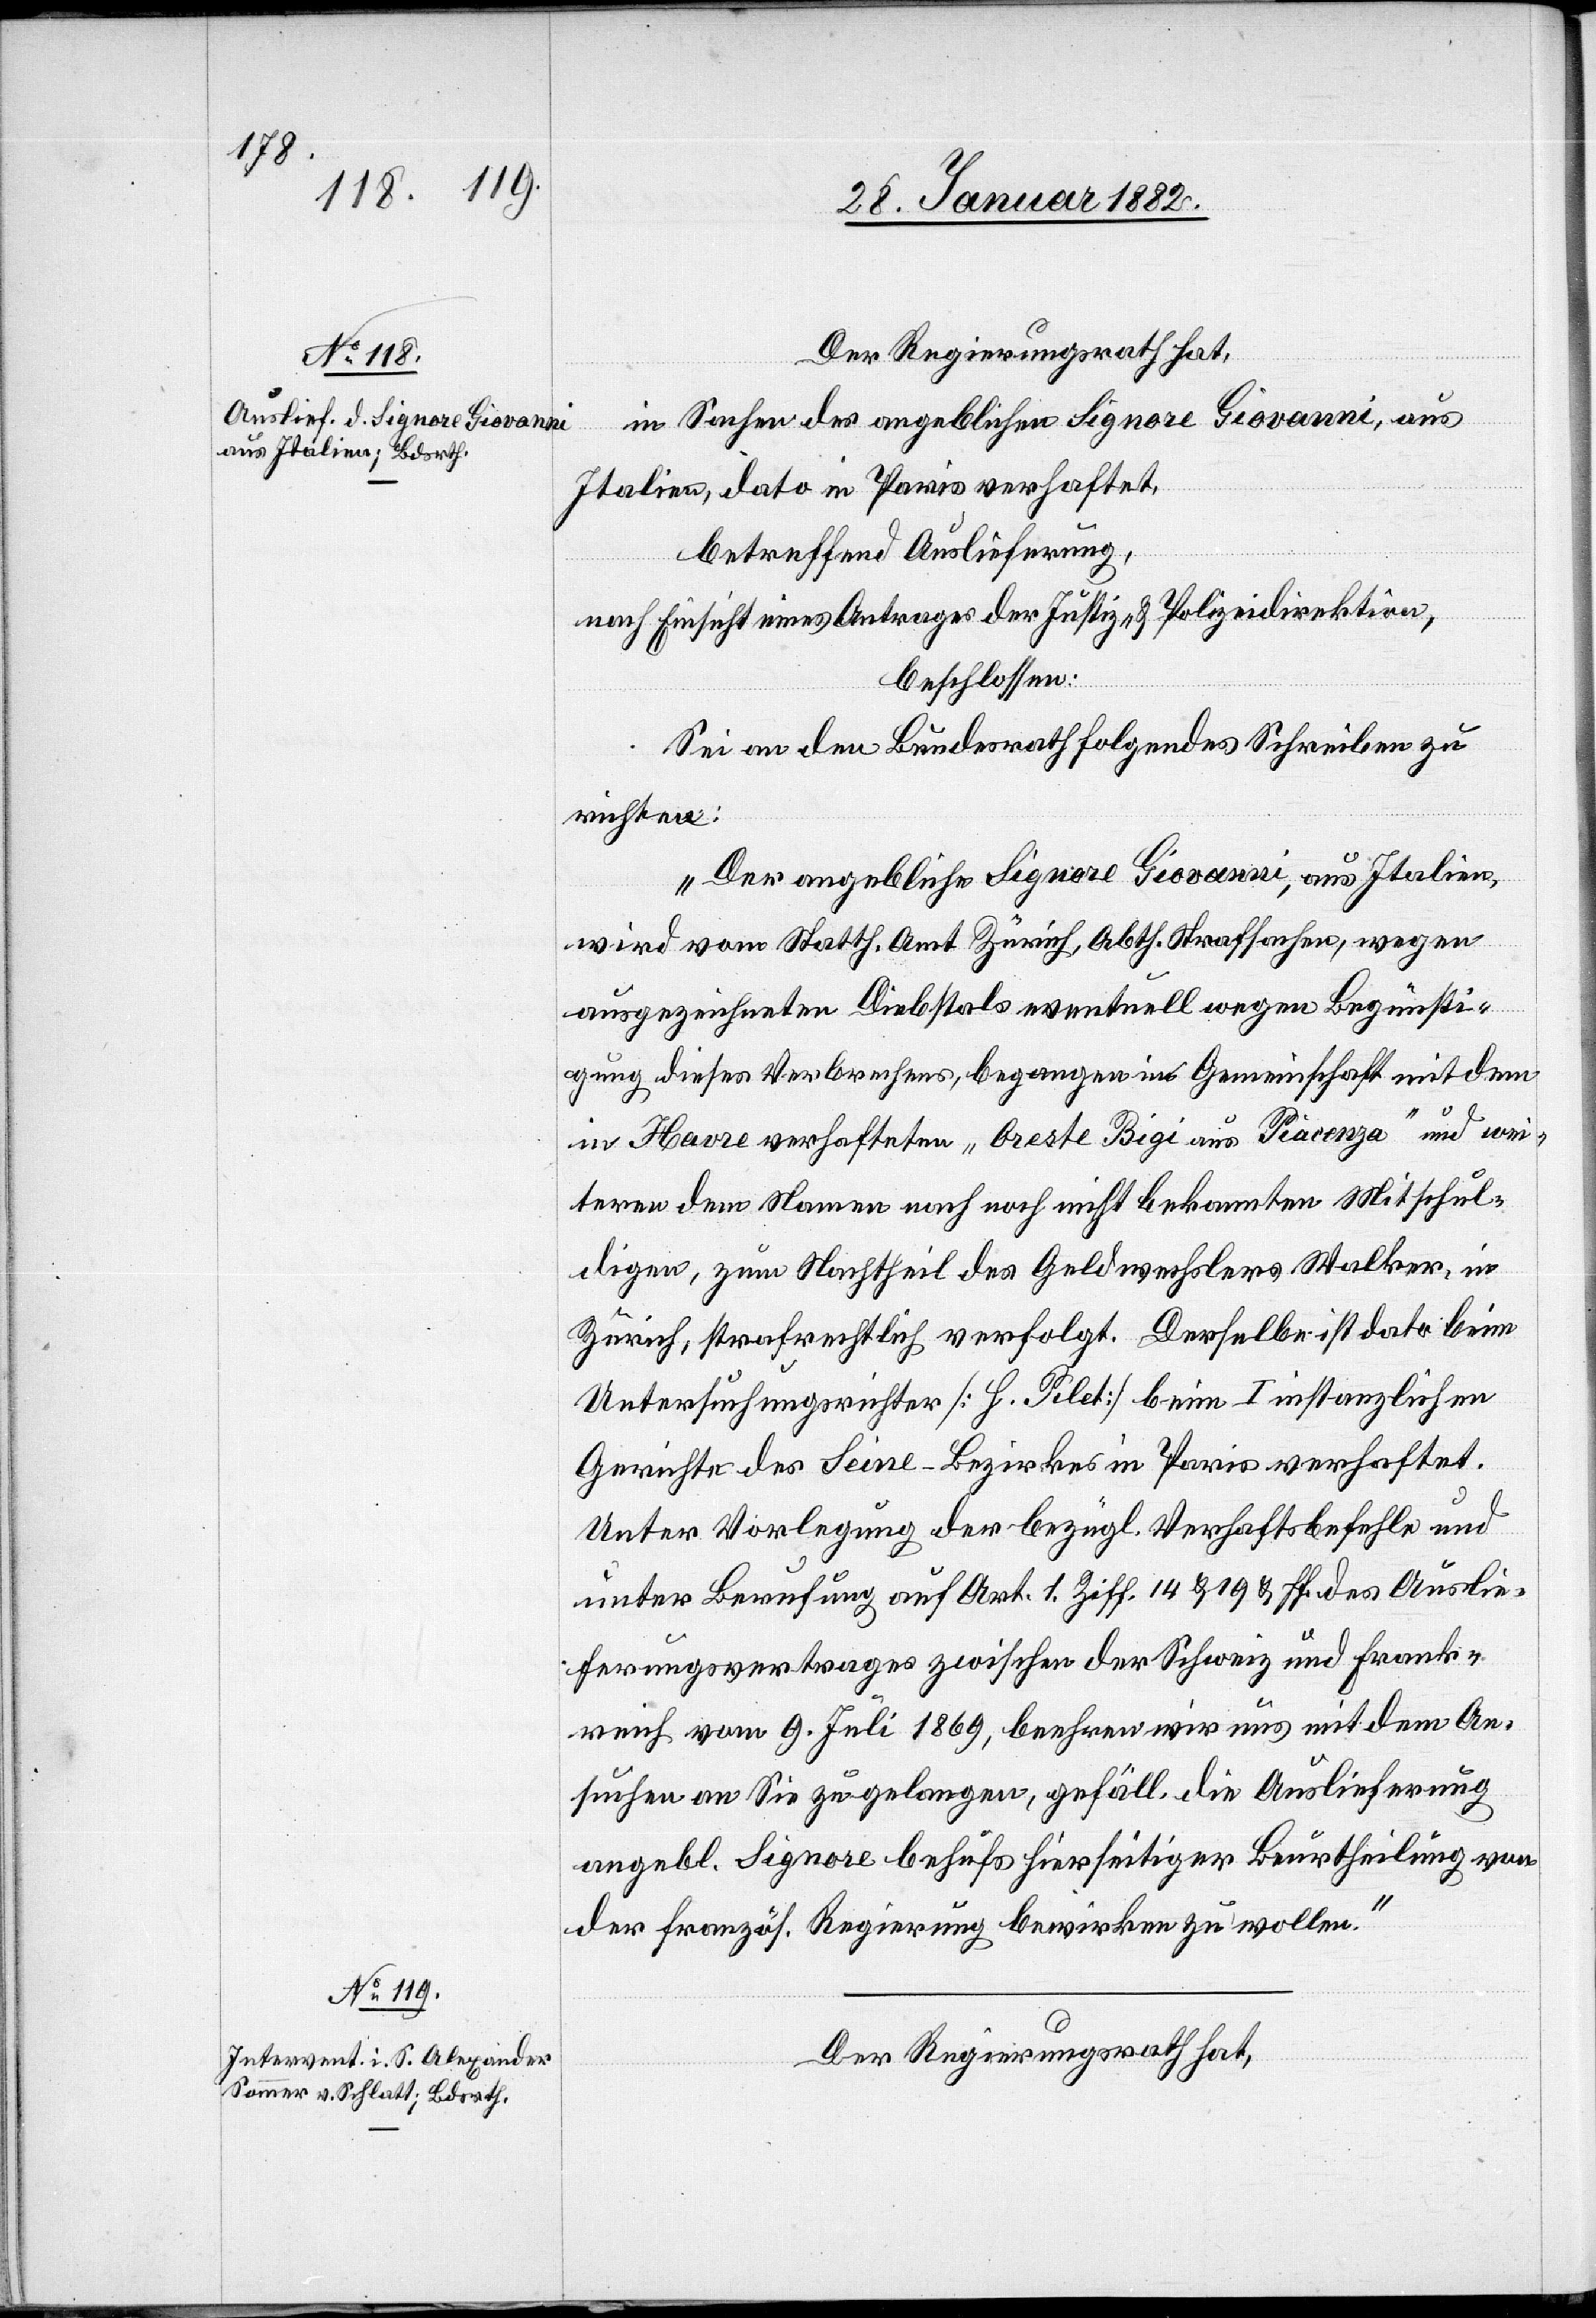
Der Regierungsrath hat,
in Sachen des angeblichen Signore Giovanni, aus
Italien, dato in Paris verhaftet,
betreffend Auslieferung,
nach Einsicht eines Antrages der Justiz- & Polizeidirektion,
beschlossen:
Sei an den Bundesrath folgendes Schreiben zu
richten:
„Der angebliche Signore Giovanni, aus Italien,
wird vom Statth. Amt Zürich, Abth. Strafsachen, wegen
ausgezeichneten Diebstals eventuell wegen Begünsti¬
gung dieses Verbrechens, begangen in Gemeinschaft mit dem
in Havre verhafteten „Oreste Bigi aus Piacenza“ und wei¬
tern dem Namen noch noch [sic!] nicht bekannten Mitschul¬
digen, zum Nachtheil des Geldwechslers Walker, in
Zürich, strafrechtlich verfolgt. Derselbe ist dato beim
Untersuchungsrichter [H. Pilet] beim I[.] instanzlichen
Gerichte des Seine-Bezirkes in Paris verhaftet.
Unter Vorlegung der bezügl. Verhaftsbefehle und
unter Berufung auf Art 1. Ziff. 14 & 19 & ff. des Auslie¬
ferungsvertrages zwischen der Schweiz und Frank¬
reich vom 9. Juli 1869, beehren wir uns mit dem An¬
suchen an Sie zu gelangen, gefäll. die Auslieferung
angebl. Signore behufs hierseitiger Beurtheilung von
der französ. Regierung bewirken zu wollen.
Der Regierungsrath hat,